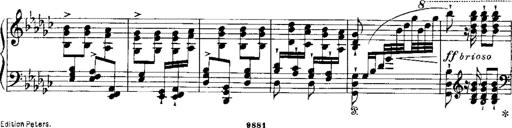
Title: RÃ©miniscences de Norma de Bellini
Composer: Franz Liszt